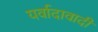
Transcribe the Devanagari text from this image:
यर्वादावादी